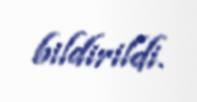
bildirildi.